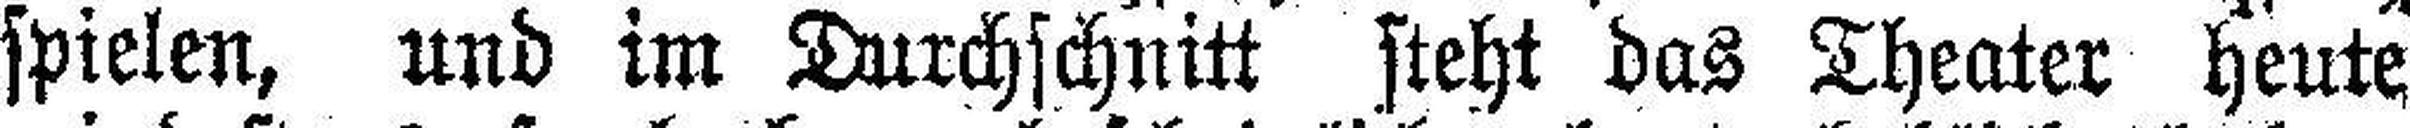
spielen, und im Durchschnitt steht das Theater heute